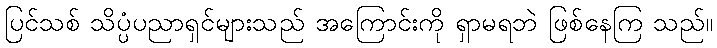
ပြင်သစ် သိပ္ပံပညာရှင်များသည် အကြောင်းကို ရှာမရဘဲ ဖြစ်နေကြ သည်။